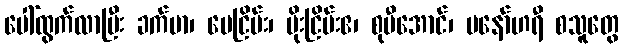
ပေါ်ထွက်လာပြီး ခက်မာ၊ မေငြိမ်း၊ မိုးငြိမ်းဧ၊ စုမီအောင်၊ မနော်ဟရီ စသူတွေ